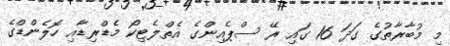
މި މުބާރާތުގެ ގަދަ 16 ގައި ރޭ ސްޕެއިންގެ އެތްލެޓިކޯ މެޑްރިޑާއި ހޮލެންޑްގެ